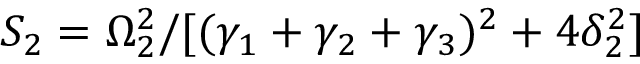
S _ { 2 } = \Omega _ { 2 } ^ { 2 } / [ ( \gamma _ { 1 } + \gamma _ { 2 } + \gamma _ { 3 } ) ^ { 2 } + 4 \delta _ { 2 } ^ { 2 } ]